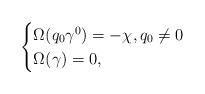
LaTeX: \begin{align*} \begin{cases} \Omega(q_0\gamma^0)=-\chi, q_0\neq 0 \\ \Omega(\gamma)=0 ,\\ \end{cases} \end{align*}